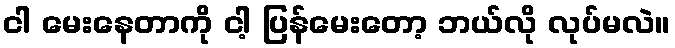
ငါ မေးနေတာကို ငါ့ ပြန်မေးတော့ ဘယ်လို လုပ်မလဲ။